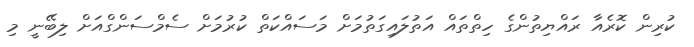
ކުރިން ކޮރެއާ ރައްޔިތުންގެ ހިތްތައް އަތުލައިގަތުމަށް މަސައްކަތް ކުރުމަށް ސެމްސަންގްއަށް ލިބޭނީ މި